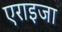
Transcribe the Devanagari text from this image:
एराइजा